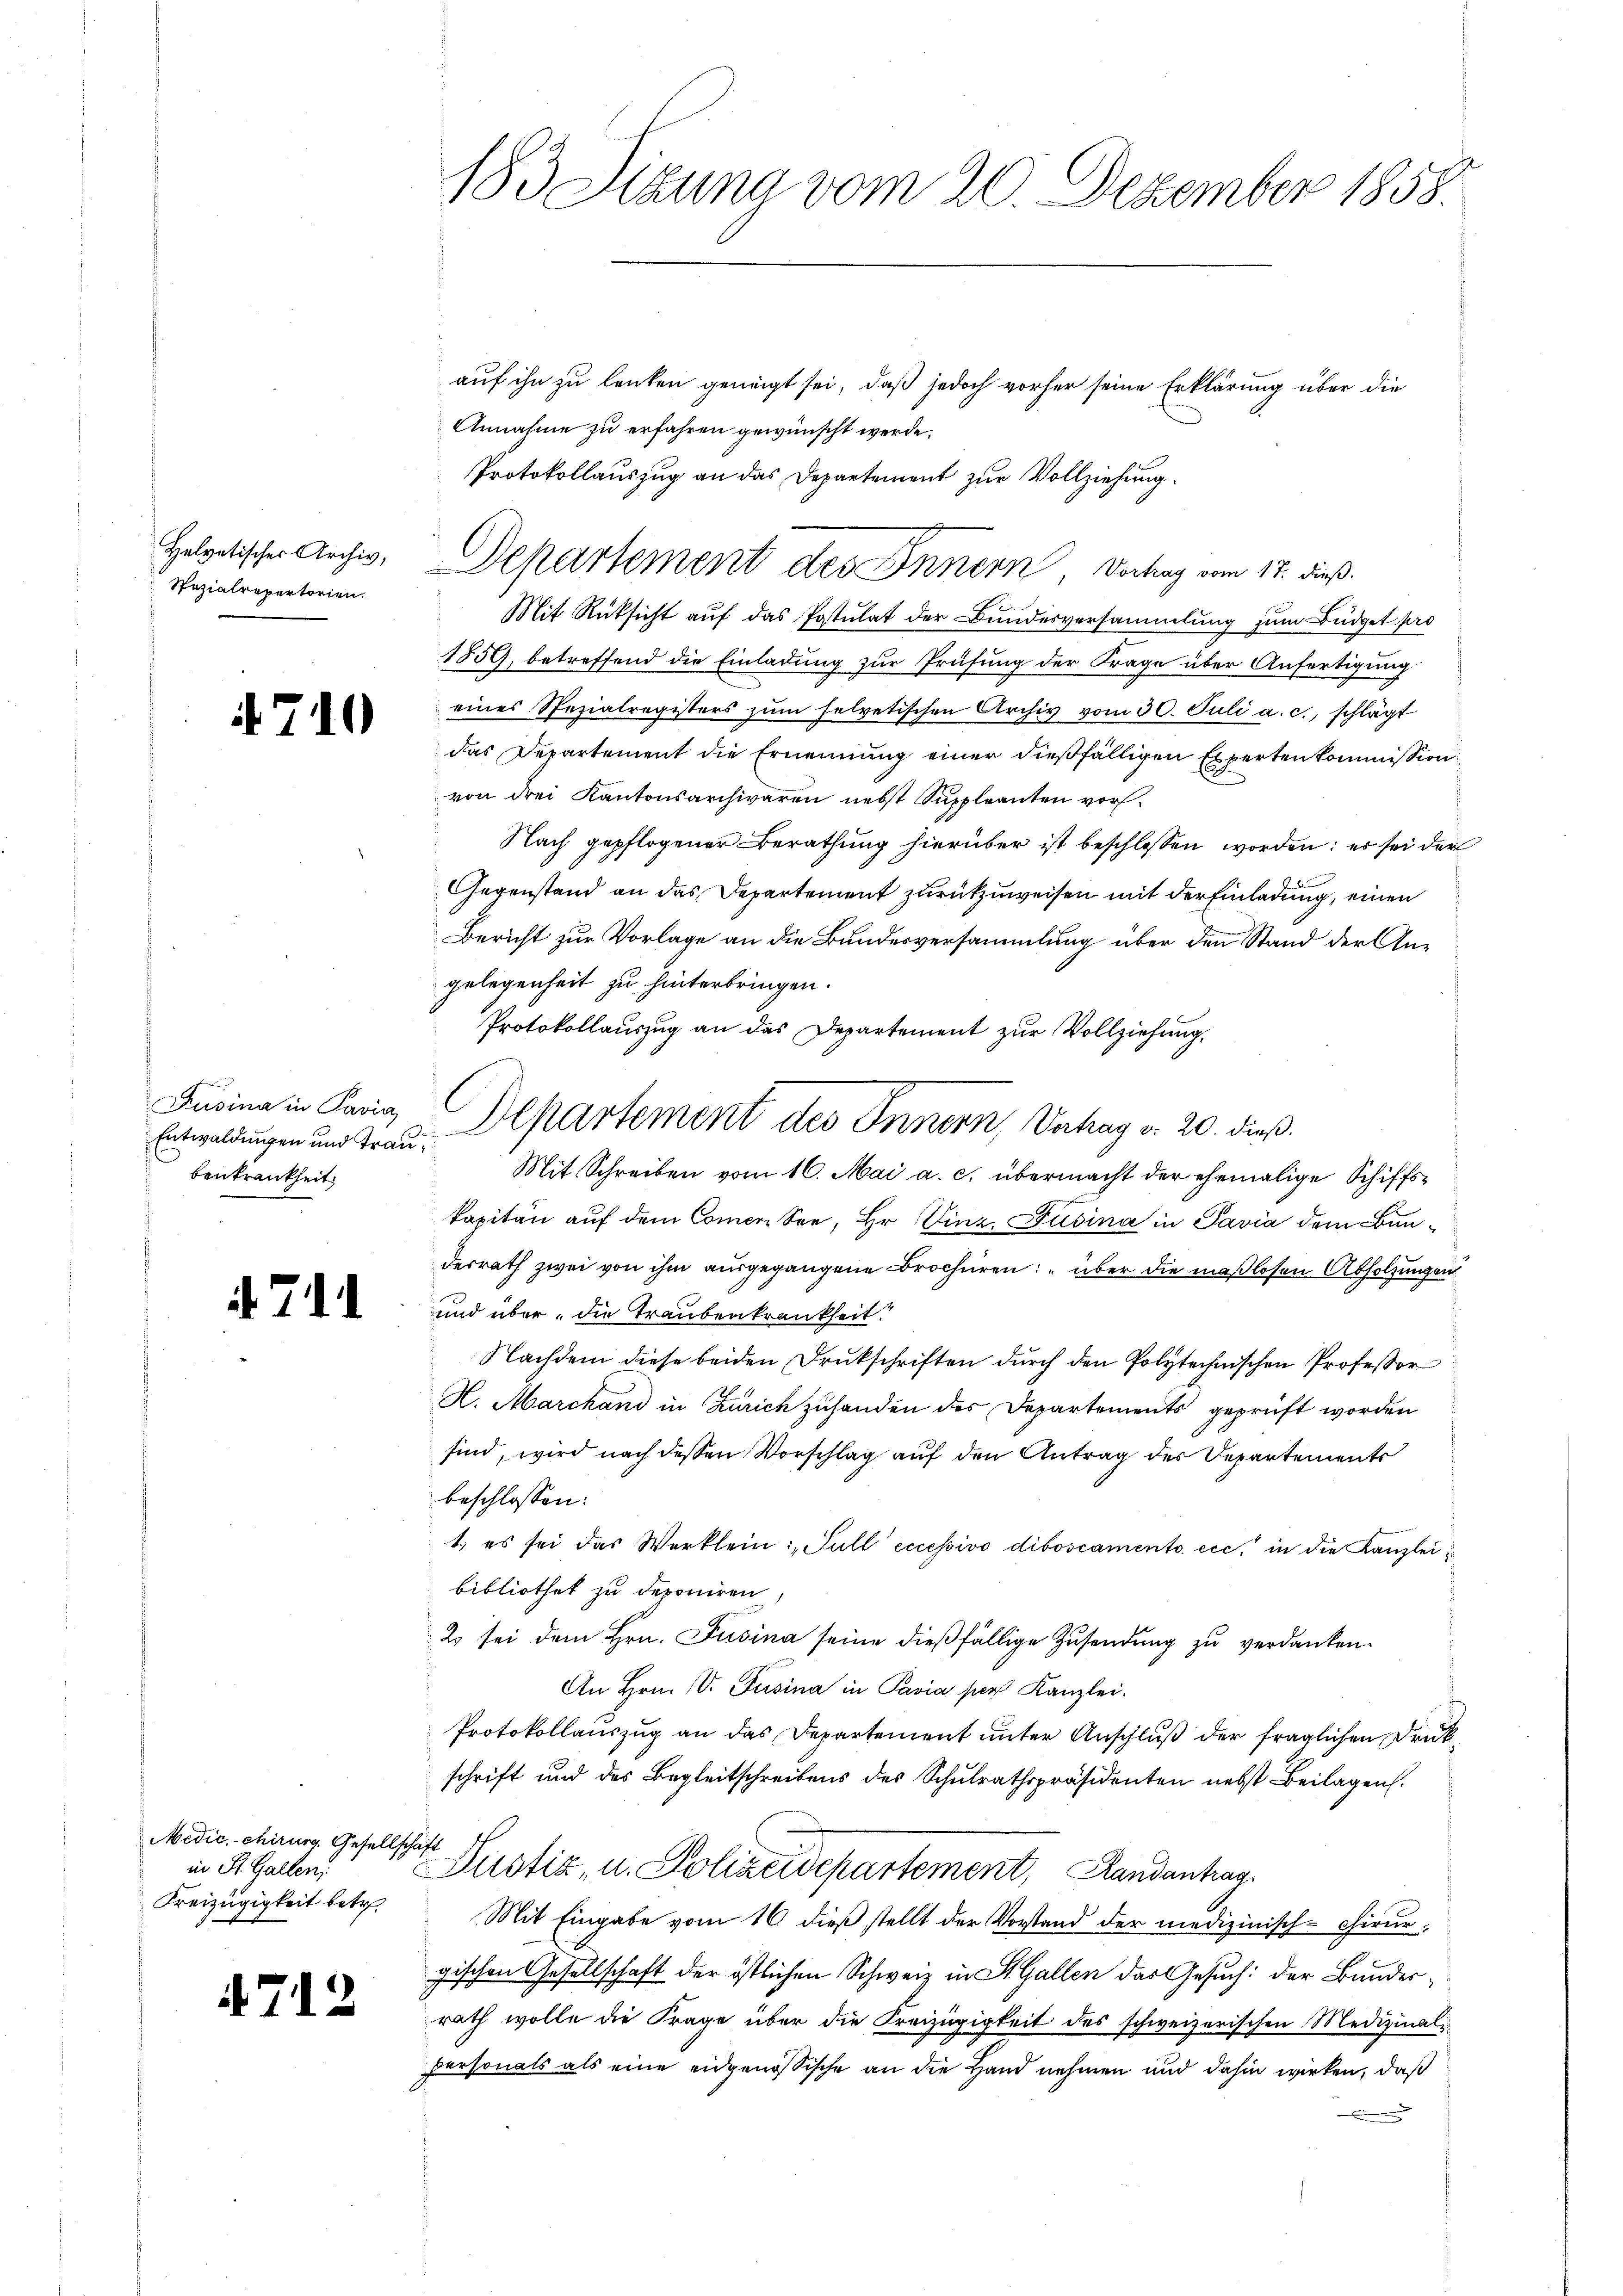
Helvetischer Archiv,
Spezialrepertorien.

710

Fusina in Pavia
Entwaldungen und Traubenkrankheit.

4711

Medic.-chirurg, Gesellschaft
in St. Gallen,
Freizügigkeit betr.
d

4712

183 Sizung vom 20. Dezember 1858.

auf ihn zu lenken geneigt sei, daß jedoch vorher seine Erklärung über die
Annahme zu erfahren gewünscht werde.
Protokollauszug an das Departement zur Vollziehung
Mit Rüksicht auf das Postulat der Bundesversammlung zum Büdget pro
1859, betreffend die Einladung zur Prüfung der Frage über Anfertigung
eines Spezialregisters zŭm helvetischen Archiv vom 30. Juli a. c., schlägt
das Departement die Ernennung einer dießfälligen Experten kommission
von drei Kantonsarchivaren nebst Suppleanten vor¬
Nach gepflogener Berathung hierüber ist beschlossen worden; es sei der
Gegenstand an das Departement zurückzuweisen mit der Einladung, einen
Bericht zur Vorlage an die Bundesversammlung über den Stand der Angelegenheit zu hinterbringen.
Protokollauszug an das Departement zur Vollziehung.
kapitän aŭf dem Comer See, Hr. Vinz. Fusina in Pavia dem Bundesrath zwei von ihm ausgegangene Brochüren: „über die maßlosen Abholzungen
und über, die Traubenkrankheit.
Nachdem diese beiden Druckschriften durch den Polytechnischen Professor
H. Marchand in Zürich zuhanden des Departements geprüft worden
sind, wird nach dessen Vorschlag auf den Antrag des Departements
beschlossen:
1. es sei das Werklein Full eccessivo diboscamento ecc in die Kanzlei
bibliothek zu deponiren,
2 sei dem Hrn. Jusina seine dießfällige Zusendung zu verdanken.
An Hrn. V. Pusina in Pavia per Kanzlei.
Protokollauszug an das Departement unter Anschluß der fraglichen Druck
schrift und des Begleitschreibens des Schulrathspräsidenten nebst Beilagen.
Justiz, u. Polizeidepartement, Randantrag
Mit Eingabe vom 16. dieß stellt der Vorstand der medizinisch-chirurgischen Gesellschaft der östlichen Schweiz in St. Gallen das Gesuch: der Bunderrath wolle die Frage über die Kreizügigkeit des schweizerischen Medizinal-
personals als eine eidgenössische an die Hand nehmen und dahin wirken, daß

Departement des Innern, Vortrag vom 17. dieß.

C
Departement des Innern, Vahag v. 20. dieß.
Mit Schreiben vom 16. Mai a. c. übermacht der ehemalige Schiffs-